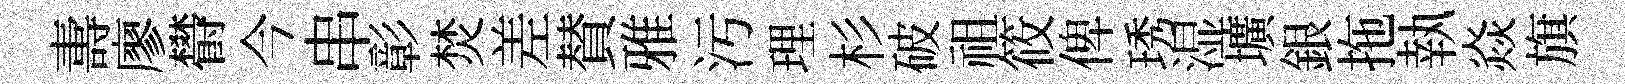
夀廖欎今串彰焚差賛雅污理杉破祖筱俾琇湿壙銀拖執焱旗